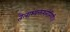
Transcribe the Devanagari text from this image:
तैलाभ्यक्तशरीरिणी॥